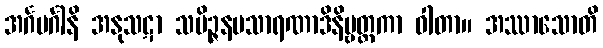
အင်္ဂမင်္ဂါနိ အနုသဋာ သမိဉ္ဇနပသာရဏာဒိနိဗ္ဗတ္တကာ ဝါတာ။ အဿာသောတိ